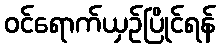
ဝင်ရောက်ယှဉ်ပြိုင်ရန်